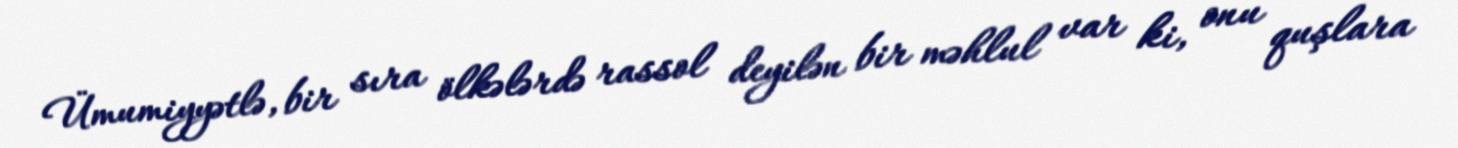
Ümumiyyətlə, bir sıra ölkələrdə rassol deyilən bir məhlul var ki, onu quşlara